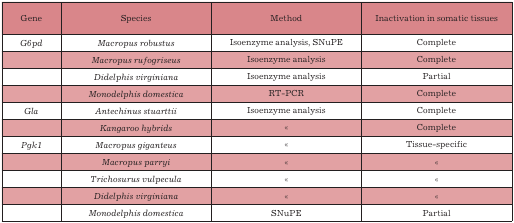
| Gene | Species | Method | Inactivation in somatic tissues |
 | --- | --- | --- | --- |
 | G6pd | Macropus robustus | Isoenzyme analysis, SNuPE | Complete |
 |  | Macropus rufogriseus | Isoenzyme analysis | Complete |
 |  | Didelphis virginiana | Isoenzyme analysis | Partial |
 |  | Monodelphis domestica | RT-PCR | Complete |
 | Gla | Antechinus stuarttii | Isoenzyme analysis | Complete |
 |  | Kangaroo hybrids | « | Complete |
 | Pgk1 | Macropus giganteus | « | Tissue-specific |
 |  | Macropus parryi | « | « |
 |  | Trichosurus vulpecula | « | « |
 |  | Didelphis virginiana | « | « |
 |  | Monodelphis domestica | SNuPE | Partial |